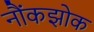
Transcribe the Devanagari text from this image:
नौंकझोक